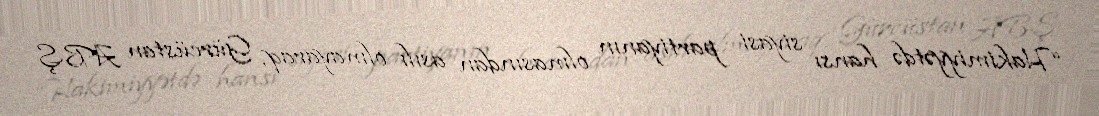
“Hakimiyyətdə hansı siyasi partiyanın olmasından asılı olmayaraq, Gürcüstan ABŞ